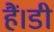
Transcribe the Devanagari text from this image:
हैं।डी